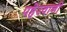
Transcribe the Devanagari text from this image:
पहेरवानी